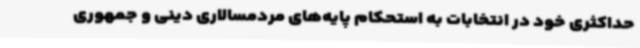
حداکثری خود در انتخابات به استحکام پایه‌های مردمسالاری دینی و جمهوری